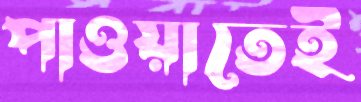
পাওয়াতেই